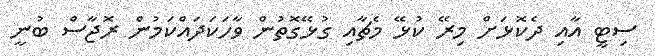
ސިޓީ އާއި ދެކޮޅަށް މިރޭ ކުޅޭ މެޗާއި ގުޅޭގޮތުން ވާހަކަދައްކަމުން ރޮޖާސް ބުނީ